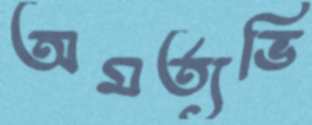
অমর্ত্যভি